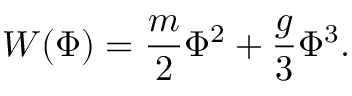
W ( \Phi ) = \frac { m } { 2 } \Phi ^ { 2 } + \frac { g } { 3 } \Phi ^ { 3 } .